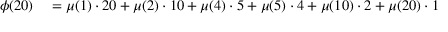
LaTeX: \begin{array} { r l } { \phi ( 2 0 ) } & { { } = \mu ( 1 ) \cdot 2 0 + \mu ( 2 ) \cdot 1 0 + \mu ( 4 ) \cdot 5 + \mu ( 5 ) \cdot 4 + \mu ( 1 0 ) \cdot 2 + \mu ( 2 0 ) \cdot 1 } \end{array}